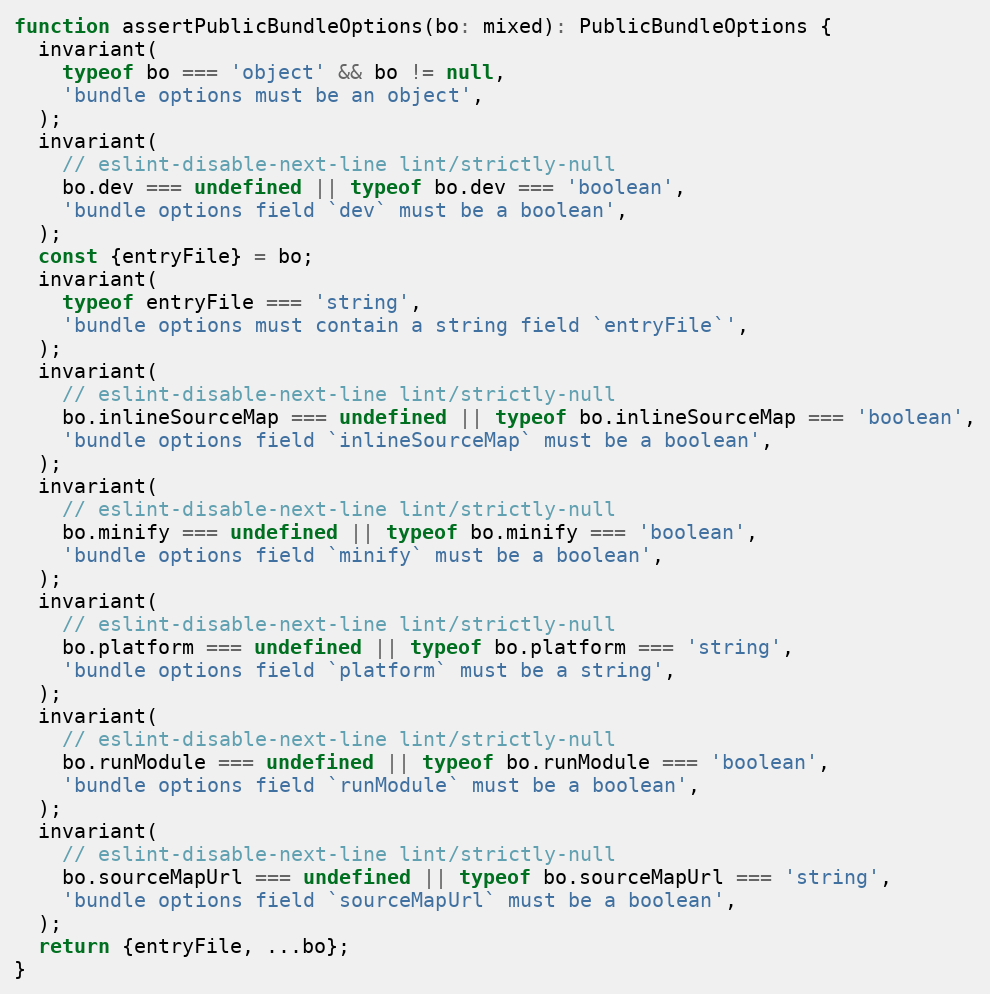
Language: JavaScript
function assertPublicBundleOptions(bo: mixed): PublicBundleOptions {
  invariant(
    typeof bo === 'object' && bo != null,
    'bundle options must be an object',
  );
  invariant(
    // eslint-disable-next-line lint/strictly-null
    bo.dev === undefined || typeof bo.dev === 'boolean',
    'bundle options field `dev` must be a boolean',
  );
  const {entryFile} = bo;
  invariant(
    typeof entryFile === 'string',
    'bundle options must contain a string field `entryFile`',
  );
  invariant(
    // eslint-disable-next-line lint/strictly-null
    bo.inlineSourceMap === undefined || typeof bo.inlineSourceMap === 'boolean',
    'bundle options field `inlineSourceMap` must be a boolean',
  );
  invariant(
    // eslint-disable-next-line lint/strictly-null
    bo.minify === undefined || typeof bo.minify === 'boolean',
    'bundle options field `minify` must be a boolean',
  );
  invariant(
    // eslint-disable-next-line lint/strictly-null
    bo.platform === undefined || typeof bo.platform === 'string',
    'bundle options field `platform` must be a string',
  );
  invariant(
    // eslint-disable-next-line lint/strictly-null
    bo.runModule === undefined || typeof bo.runModule === 'boolean',
    'bundle options field `runModule` must be a boolean',
  );
  invariant(
    // eslint-disable-next-line lint/strictly-null
    bo.sourceMapUrl === undefined || typeof bo.sourceMapUrl === 'string',
    'bundle options field `sourceMapUrl` must be a boolean',
  );
  return {entryFile, ...bo};
}